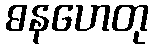
ဓနဟေတု